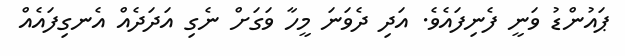
ޕައުންޑު ވަނީ ފެނިފައެވެ. އަދި ދެވަނަ މީހާ ވަގަށް ނެގި އަދަދެއް އެނގިފައެއް